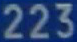
223